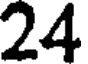
24